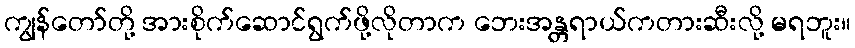
ကျွန်တော်တို့ အားစိုက်ဆောင်ရွက်ဖို့လိုတာက ဘေးအန္တရာယ်ကတားဆီးလို့ မရဘူး။